Indian journal of veterinary science and animal husbandry - Volumes 18-21, 1948-1951
Year: 1948
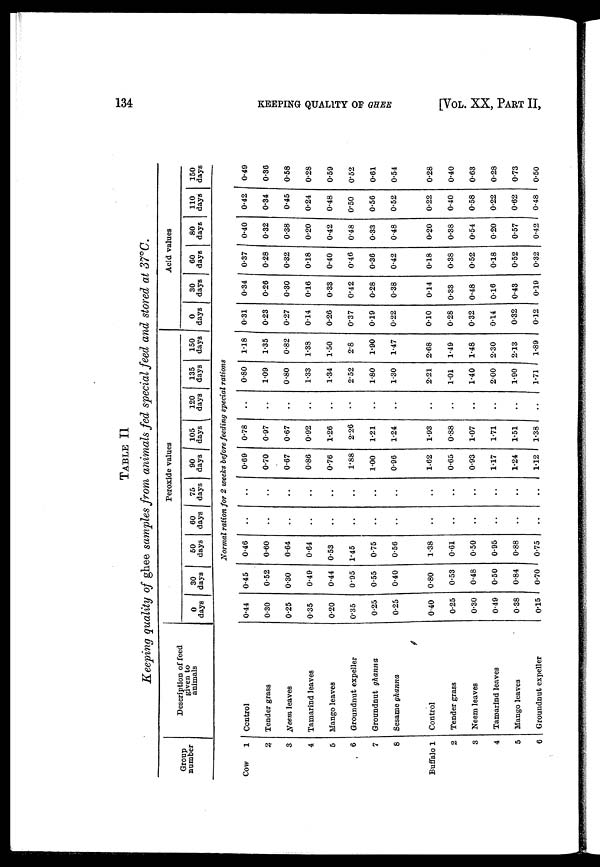
134
KEEPING QUALITY OF GHEE
[VOL. XX, PART II,
TABLE II
Keeping quality of ghee samples from animals fed special feed and stored at 37°C.
Group
number
Cow
1
2
3
4
5
6
7
8
Buffalo 1
2
3
4
5
6
Description of feed
given to
animals
Control
Tender grass
Neem leaves
Tamarind leaves
Mango leaves
Groundnut expeller
Groundnut ghanna
Sesame ghanna
Control
Tender grass
Neem leaves
Tamarind leaves
Mango leaves
Groundnut expeller
Peroxide values
0
days
0.44
0.30
0.25
0.35
0.20
0.35
0.25
0.25
0.40
0.25
0.30
0.49
0.38
0.15
30
days
0.45
0.52
0.30
0.49
0.44
0.95
0.55
0.40
0.80
0.53
0.48
0.50
0.84
0.70
50
days
60
days
75
days
90
days
105
days
120
days
135
days
Normal ration for 2 weeks before feeding special rations
0.46
0.60
0.64
0.64
0.53
1.45
0.75
0.56
1.38
0.61
0.50
0.95
0.88
0.75
..
..
..
..
..
..
..
..
..
..
..
..
..
..
..
..
..
..
..
..
..
..
..
..
..
..
..
..
0.69
0.70
0.67
0.86
0.76
1.88
1.00
0.96
1.62
0.65
0.93
1.17
1.24
1.12
0.78
0.97
0.67
0.92
1.26
2.26
1.21
1.24
1.93
0.88
1.07
1.71
1.51
1.38
..
..
..
..
..
..
..
..
..
..
..
..
..
..
0.80
1.09
0.80
1.33
1.34
2.52
1.80
1.30
2.21
1.01
1.40
2.00
1.90
1.71
150
days
1.18
1.35
0.82
1.38
1.50
2.8
1.90
1.47
2.68
1.49
1.48
2.30
2.13
1.89
Acid values
0
days
0.31
0.23
0.27
0.14
0.26
0.37
0.19
0.22
0.10
0.28
0.32
0.14
0.32
0.12
30
days
0.34
0.26
0.30
0.16
0.33
0.42
0.28
0.38
0.14
0.33
0.48
0.16
0.43
0.19
60
days
0.37
0.28
0.32
0.18
0.40
0.46
0.36
0.42
0.18
0.38
0.52
0.18
0.52
0.32
80
days
0.40
0.32
0.38
0.20
0.42
0.48
0.33
0.48
0.20
0.38
0.54
0.20
0.57
0.42
110
days
0.42
0.34
0.45
0.24
0.48
0.50
0.56
0.52
0.22
0.40
0.58
0.22
0.62
0.48
150
days
0.49
0.36
0*58
0.28
0.59
0.52
0.61
0.54
0.28
0.40
0.63
0.28
0.73
0.50